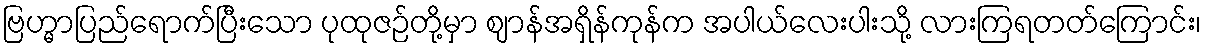
ဗြဟ္မာပြည်ရောက်ပြီးသော ပုထုဇဉ်တို့မှာ ဈာန်အရှိန်ကုန်က အပါယ်လေးပါးသို့ လားကြရတတ်ကြောင်း၊